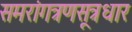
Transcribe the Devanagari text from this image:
समरांगत्रणसूत्रधार